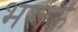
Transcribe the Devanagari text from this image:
भराऊ